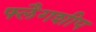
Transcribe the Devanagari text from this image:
फ्लैगशीप